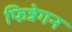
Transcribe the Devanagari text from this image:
फिन्नेगन